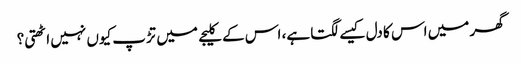
گھر میں اس کا دل کیسے لگتا ہے، اس کے کلیجے میں تڑپ کیوں نہیں اٹھتی؟